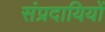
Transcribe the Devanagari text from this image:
संप्रदायियों